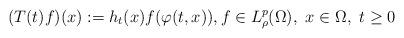
LaTeX: \begin{align*} (T(t)f)(x):=h_t(x)f(\varphi(t,x)), f\in L^p_\rho(\Omega), \ x\in \Omega,\ t\geq0\end{align*}